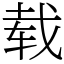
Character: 载